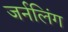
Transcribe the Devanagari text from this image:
जर्नलिंग